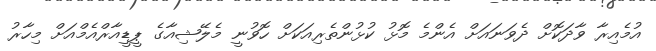
އުމެއިރާ ވާދަކޮށް ދެވަނައަށް އެންމެ މޮޅު ކުޅުންތެރިއަކަށް ހޮވުނީ މެލޭޝިއާގެ ޕީޑީއާރްއެމްއަށް މިހާރު